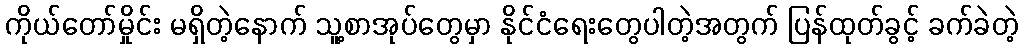
ကိုယ်တော်မှိုင်း မရှိတဲ့နောက် သူ့စာအုပ်တွေမှာ နိုင်ငံရေးတွေပါတဲ့အတွက် ပြန်ထုတ်ခွင့် ခက်ခဲတဲ့